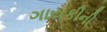
ગાયકીની